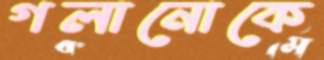
গলানোকে